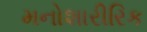
મનોશારીરિક